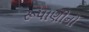
રૂપાણીનો